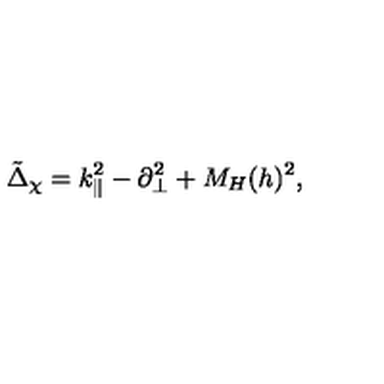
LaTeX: \tilde { \Delta } _ { \chi } = k _ { \| } ^ { 2 } - \partial _ { \bot } ^ { 2 } + M _ { H } ( h ) ^ { 2 } ,